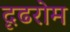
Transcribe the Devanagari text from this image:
दृढरोम